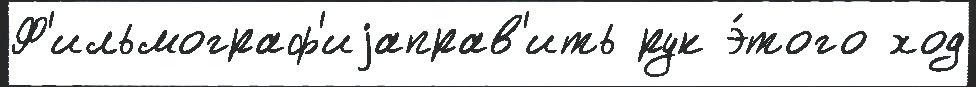
Ф'ильмограф'иjаправ'ить рук э́того ход